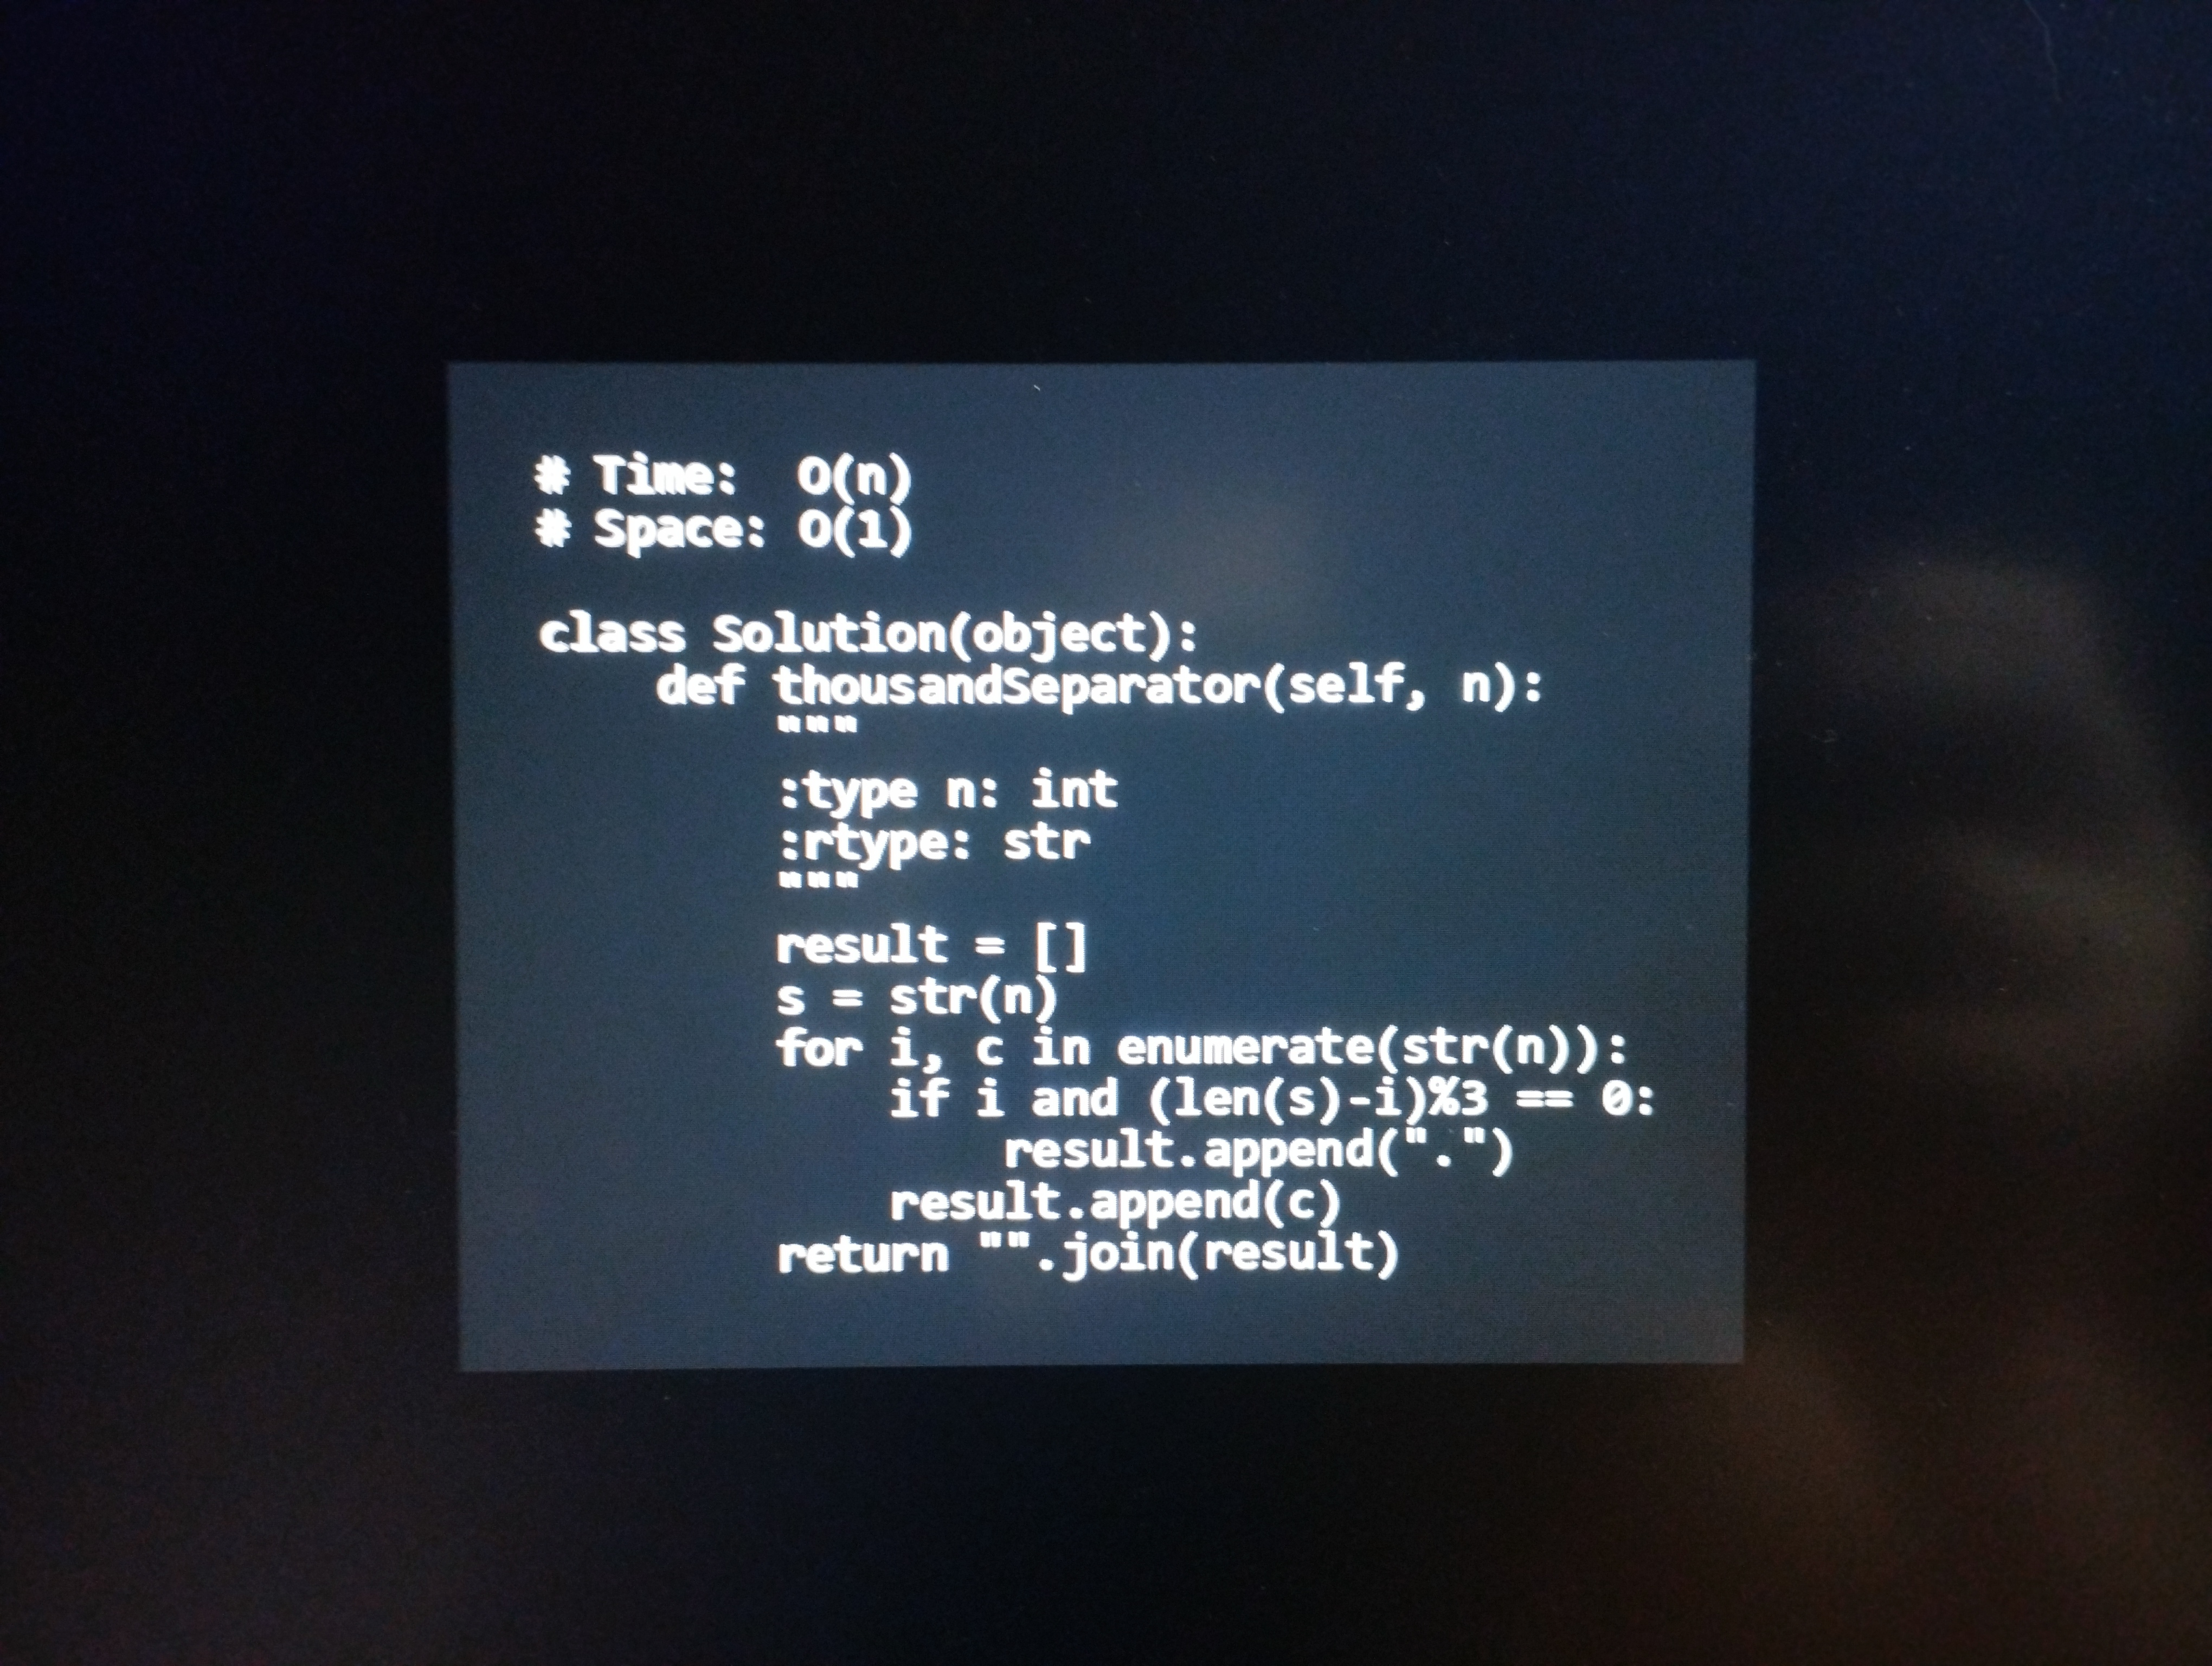
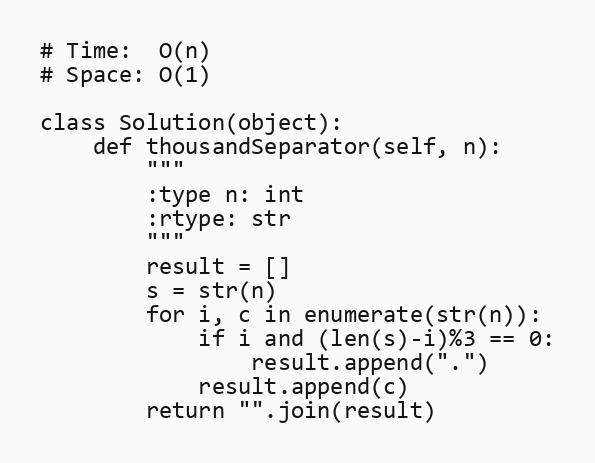
# Time:  O(n)
# Space: O(1)

class Solution(object):
    def thousandSeparator(self, n):
        """
        :type n: int
        :rtype: str
        """
        result = []
        s = str(n)
        for i, c in enumerate(str(n)):
            if i and (len(s)-i)%3 == 0:
                result.append(".")
            result.append(c)
        return "".join(result)